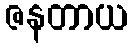
ဇနတာယ